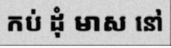
កប់ ដុំ មាស នៅ